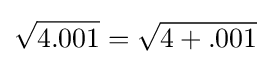
{\sqrt {4.001}}={\sqrt {4+.001}}